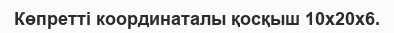
Көпретті координаталы қосқыш 10x20x6.